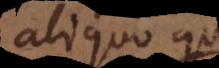
aliquo qui